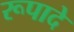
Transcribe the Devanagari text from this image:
रूपादे